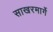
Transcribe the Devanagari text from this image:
साखरमार्गे